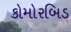
કોમોરબિડ